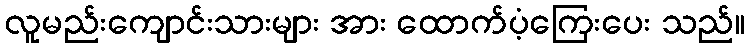
လူမည်းကျောင်းသားများ အား ထောက်ပံ့ကြေးပေး သည်။